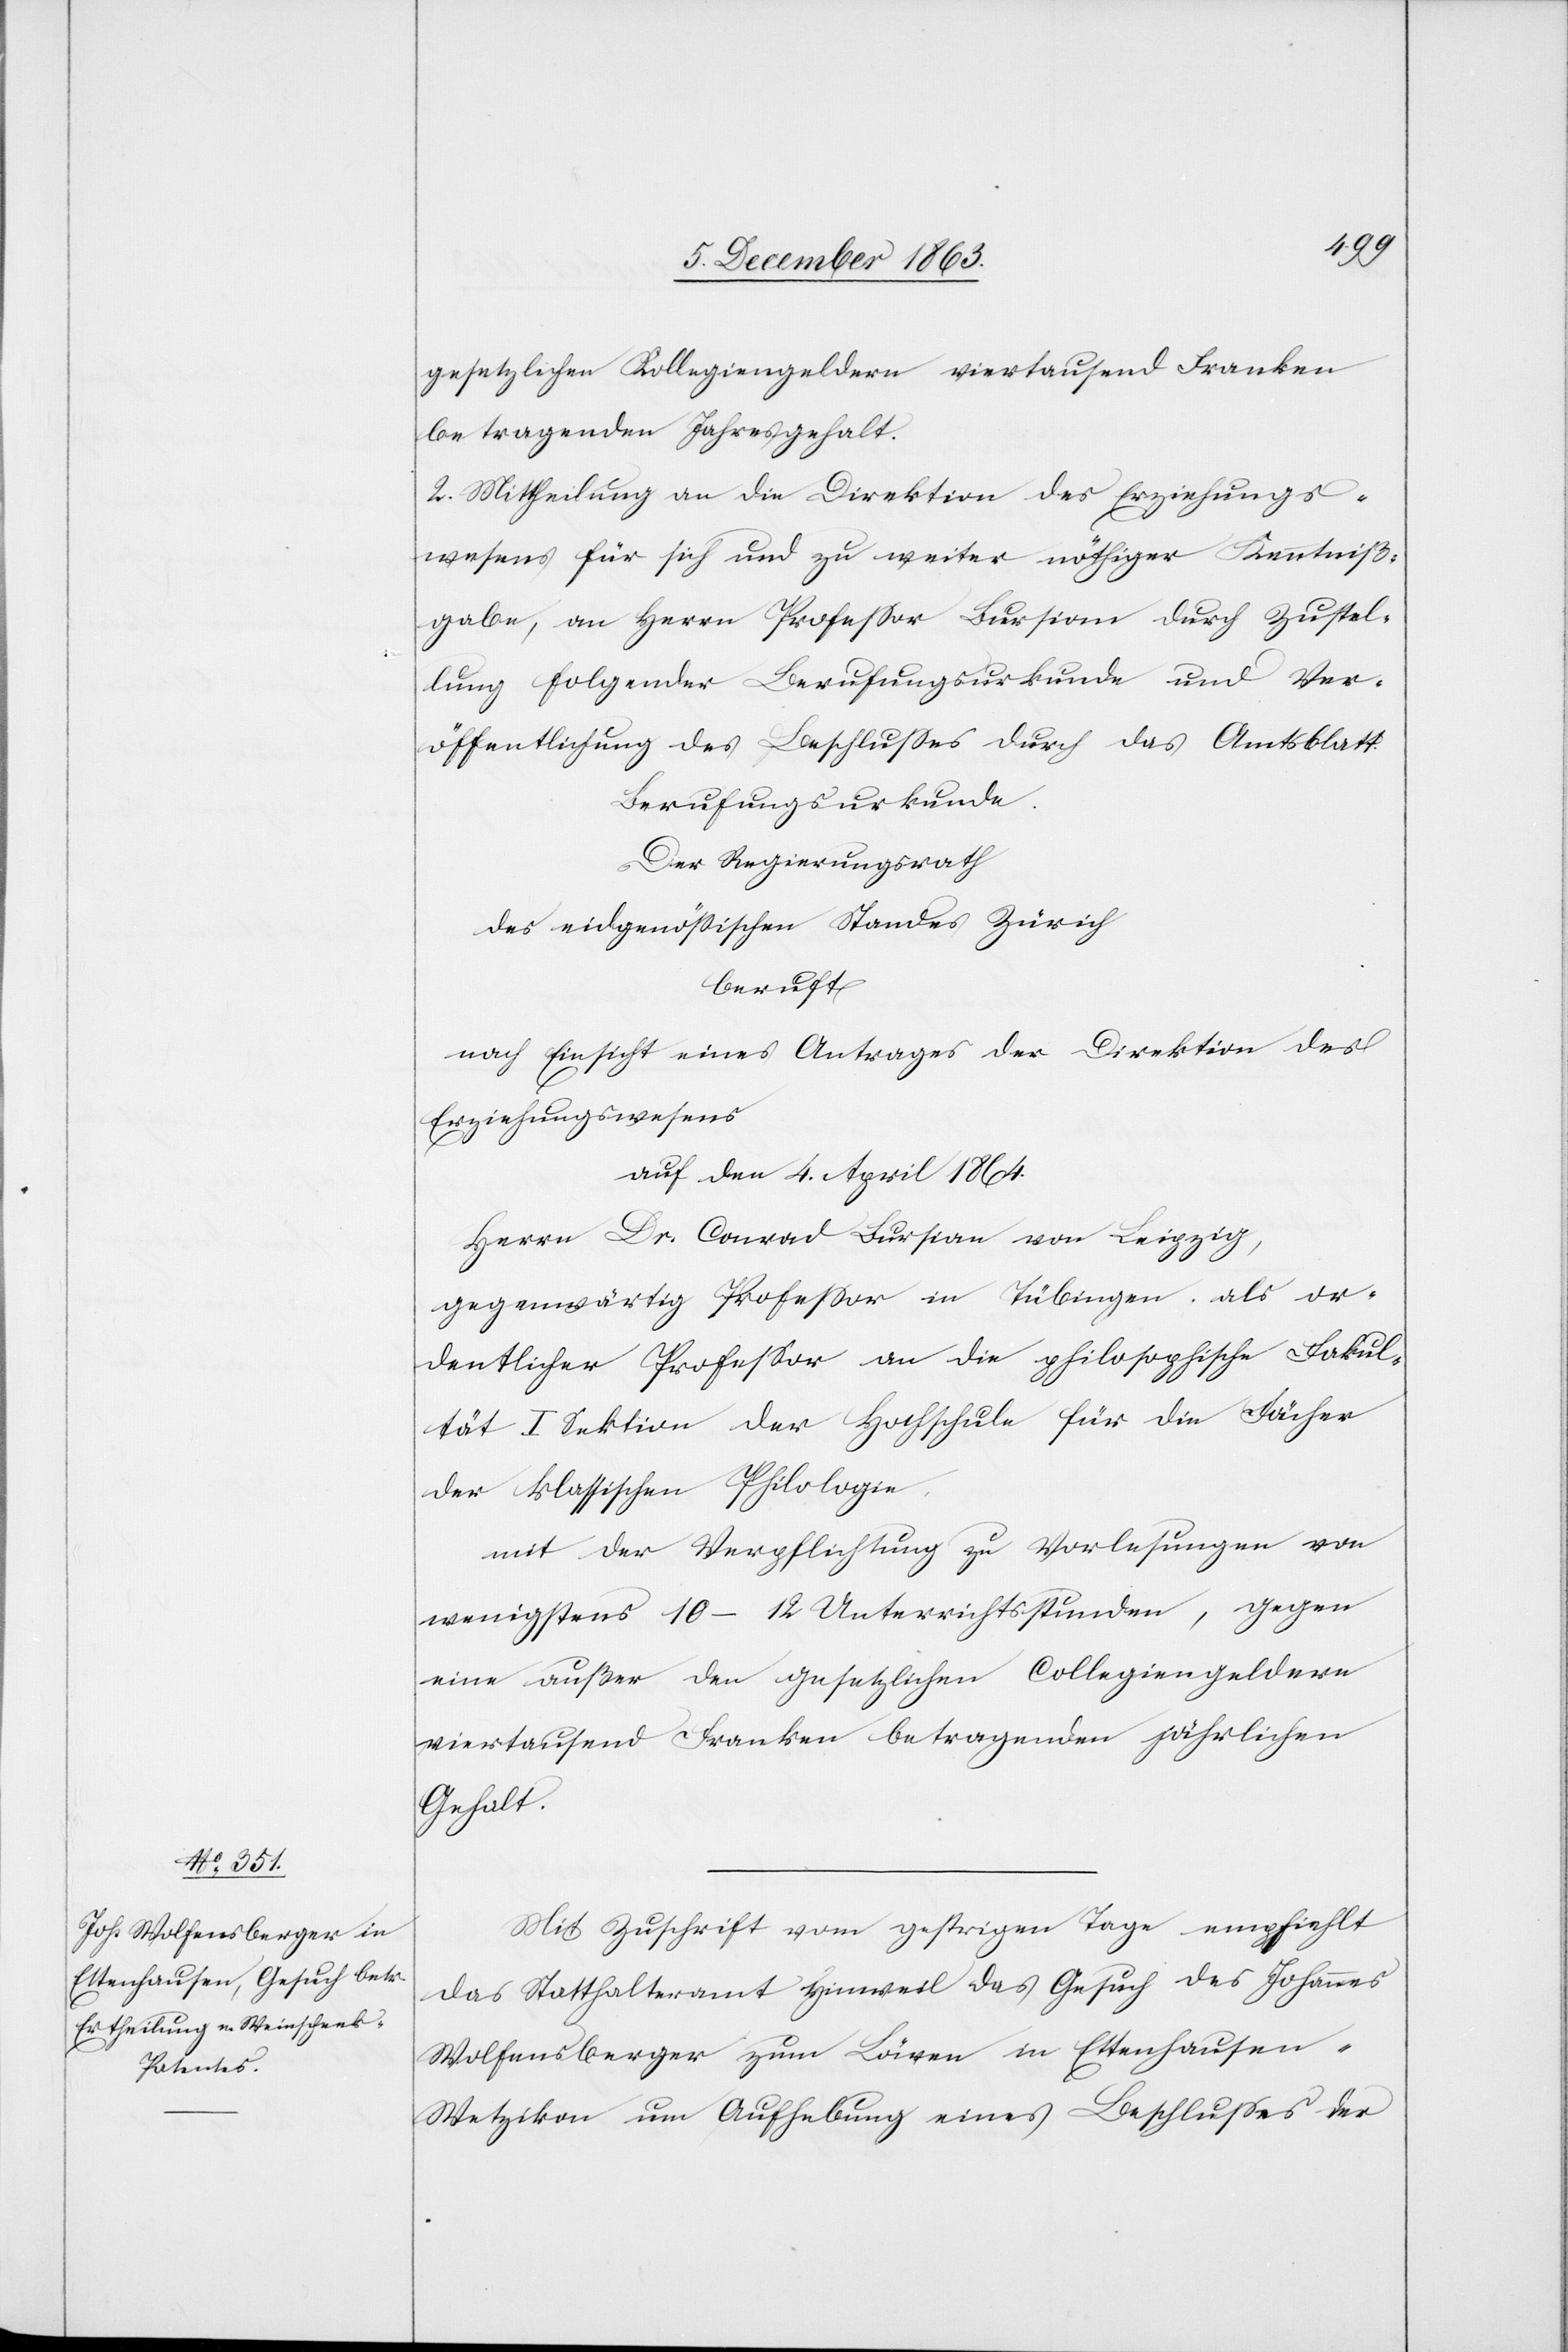
gesetzlichen Kollegiengeldern viertausend Franken
betragenden Jahresgehalt.
2. Mittheilung an die Direktion des Erziehungs¬
wesens für sich und zu weiter nöthiger Kenntniß¬
gabe, an Herrn Professor Bursian durch Zustel¬
lung folgender Berufungsurkunde und Ver¬
öffentlichung des Beschlusses durch das Amtsblatt
Berufungsurkunde.
Der Regierungsrath
des eidgenössischen Standes Zürich
beruft
nach Einsicht eines Antrages der Direktion des
Erziehungswesens
auf den 1. April 1864.
Herrn Dr. Conrad Bursian von Leipzig,
gegenwärtig Professor in Tübingen, als or¬
dentlicher Professor an die philosophische Fakul¬
tät I Sektion der Hochschule für die Fächer
der klassischen Philologie
mit der Verpflichtung zu Vorlesungen von
wenigstens 10–12 Unterrichtsstunden, gegen
eine[n] außer den gesetzlichen Collegiengeldern
viertausend Franken betragenden jährlichen
Gehalt.
Mit Zuschrift vom gestrigen Tage empfiehlt
das Statthalteramt Hinweil das Gesuch des Johannes
Wolfensberger zum Löwen in Ettenhause¬
n-Wetzikon um Aufhebung eines Beschlusses der